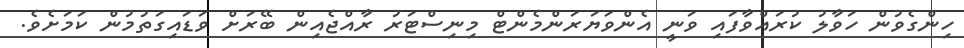
ހިންގެވުން ހަވާލު ކުރައްވާފައި ވަނީ އެންވަޔަރަންމެންޓް މިނިސްޓަރު ރާއްޖެއިން ބޭރަށް ވަޑައިގަތުމުން ކަމަށެވެ.